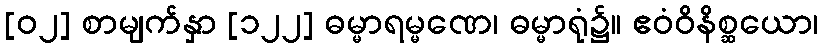
[၀၂] စာမျက်နှာ [၁၂၂] ဓမ္မာရမ္မဏေ၊ ဓမ္မာရုံ၌။ ဧဝံဝိနိစ္ဆယော၊